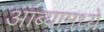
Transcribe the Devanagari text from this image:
आंब्यामध्ये